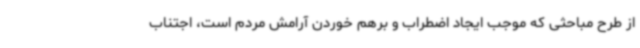
از طرح مباحثی که موجب ایجاد اضطراب و برهم خوردن آرامش مردم است، اجتناب